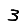
Digit: 3